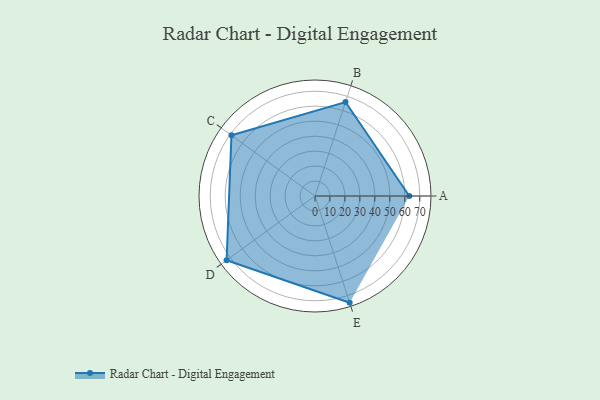
{"axis": {"x": "Skill", "y": "Score"}, "legend": ["Profile"], "data": [{"x": "A", "y": 63.0, "type": "Profile"}, {"x": "B", "y": 66.0, "type": "Profile"}, {"x": "C", "y": 69.0, "type": "Profile"}, {"x": "D", "y": 73.0, "type": "Profile"}, {"x": "E", "y": 75.0, "type": "Profile"}]}